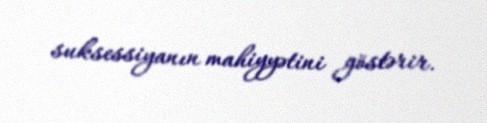
suksessiyanın mahiyyətini göstərir.